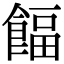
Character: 𩜰